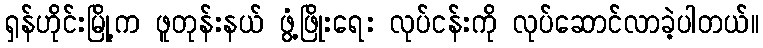
ရှန်ဟိုင်းမြို့က ဖူတုန်းနယ် ဖွံ့ဖြိုးရေး လုပ်ငန်းကို လုပ်ဆောင်လာခဲ့ပါတယ်။